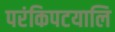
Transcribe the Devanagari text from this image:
परंकिपटयालि